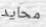
محايد